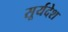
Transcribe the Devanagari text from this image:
सूर्यदेश